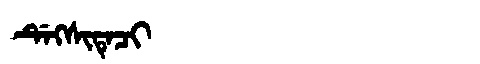
Manchu: ᡩᡝᡴᠰᡳᡨᡝᠴᡳ
Romanization: DEKSITECI